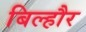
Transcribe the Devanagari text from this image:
बिल्‍हौर